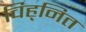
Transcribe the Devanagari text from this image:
चिह्‌नित